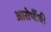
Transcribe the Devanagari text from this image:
आरोपींची